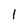
Character: 1